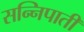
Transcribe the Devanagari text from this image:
सन्निपाती